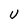
Character: U